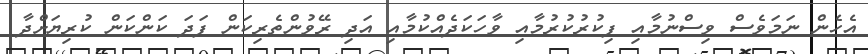
އެހެން ނަމަވެސް ވިސްނުމާއި ފިކުރުކުރުމާއި ވާހަކަދެއްކުމާއި އަދި ރޭވުންތެރިކަން ފަދަ ކަންކަން ކުރިޔަށްދާ